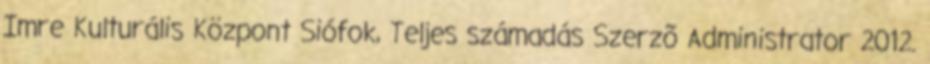
Imre Kulturális Központ Siófok, Teljes számadás Szerzõ Administrator 2012.